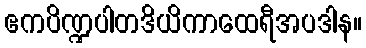
ဧကပိဏ္ဍပါတဒိယိကာထေရီအပဒါန။